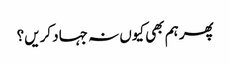
پھر ہم بھی کیوں نہ جہاد کریں؟